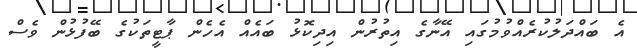
އެ ބައްދަލުކުރެއްވުމުގައި އޭނާގެ އިތުރުން އިދިކޮޅު ބައެއް އެހެން ޕާޓީތަކުގެ ބޭފުޅުން ވެސް